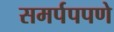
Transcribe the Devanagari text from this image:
समर्पपपणे